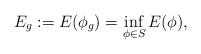
LaTeX: \begin{align*}E_g:=E(\phi_g)=\inf_{\phi\in S} E(\phi),\end{align*}